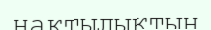
нақтылықтың